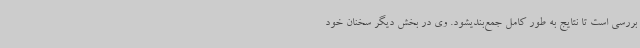
بررسی است تا نتایج به طور کامل جمع‌بندیشود. وی در بخش دیگر سخنان خود